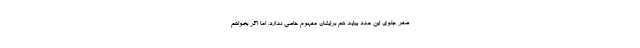
صفر جلوی این عدد بیاید هم برایشان مفهوم خاصی ندارد. اما اگر بخواهم